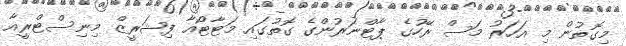
މިގޮތުން މި އަހަރު މަސް ރޭހުގެ ޕާޓްނަރުންގެ ގޮތުގައި މަޓާޓޯއާ ފިޝަރީޒް މިނިސްޓްރީއާ